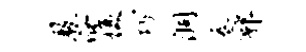
敦浴愎巧洞卷郭